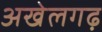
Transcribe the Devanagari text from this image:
अखेलगढ़